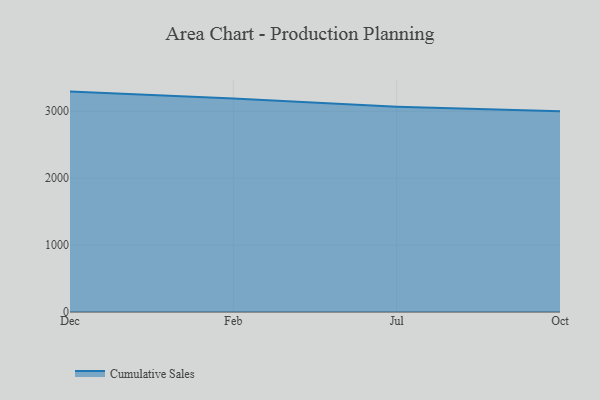
{"axis": {"x": "Month", "y": "Population (Million)"}, "legend": ["Cumulative Sales"], "data": [{"x": "Dec", "y": 3294.0, "type": "Cumulative Sales"}, {"x": "Feb", "y": 3190.8, "type": "Cumulative Sales"}, {"x": "Jul", "y": 3068.9, "type": "Cumulative Sales"}, {"x": "Oct", "y": 3000.7, "type": "Cumulative Sales"}]}